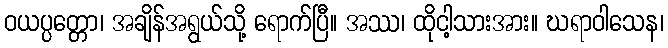
ဝယပ္ပတ္တော၊ အချိန်အရွယ်သို့ ရောက်ပြီ။ အဿ၊ ထိုငါ့သားအား။ ဃရာဝါသေန၊